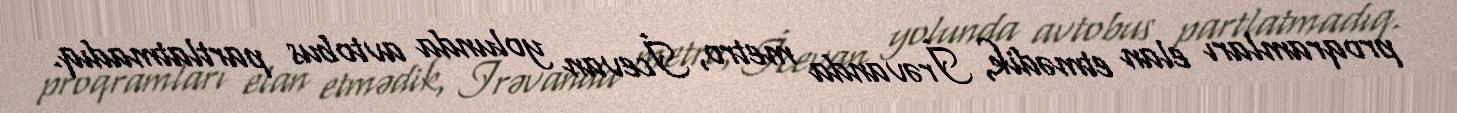
proqramları elan etmədik, İrəvanda metro, İcevan yolunda avtobus partlatmadıq.